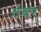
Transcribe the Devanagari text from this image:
तंवर्